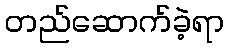
တည်ဆောက်ခဲ့ရာ